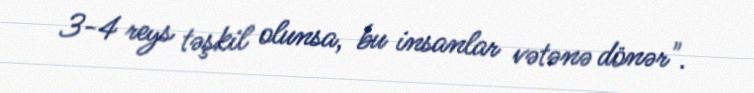
3-4 reys təşkil olunsa, bu insanlar vətənə dönər".